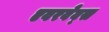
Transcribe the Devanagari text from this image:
एवरवेव्स